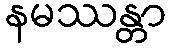
နမဿန္တာ